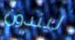
ليندون